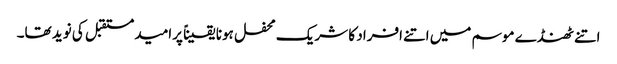
اتنے ٹھنڈے موسم میں اتنے افراد کا شریک محفل ہونا یقیناً پرامید مستقبل کی نوید تھا۔